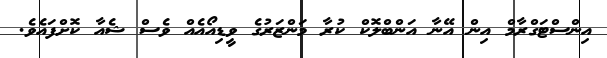
އިންސްޓަގްރާމް އިން އޭނާ އަންބްލޮކް ކުރާ މަންޒަރުގެ ވީޑިއޯއެއް ވެސް ޝެއާ ކޮށްފައެވެ.